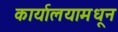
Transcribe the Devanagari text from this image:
कार्यालयामधून